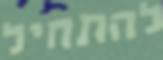
להתחיל